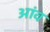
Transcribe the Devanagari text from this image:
अांव